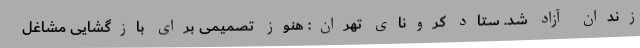
زندان آزاد شد. ستاد کرونای تهران: هنوز تصمیمی برای بازگشایی مشاغل